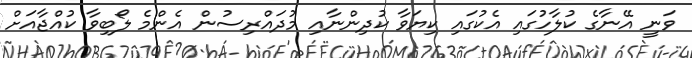
ވަނީ އޭނާގެ ކުލާހުގައި އެކުގައި ކިޔަވާ ކުދިންނާއި މުދައްރިސުން އެންމެ ލޯބިވާ ކުއްޖާއަށް